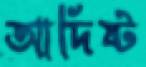
আদিষ্ট